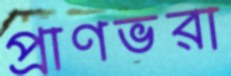
প্রাণভরা